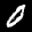
Label: 0